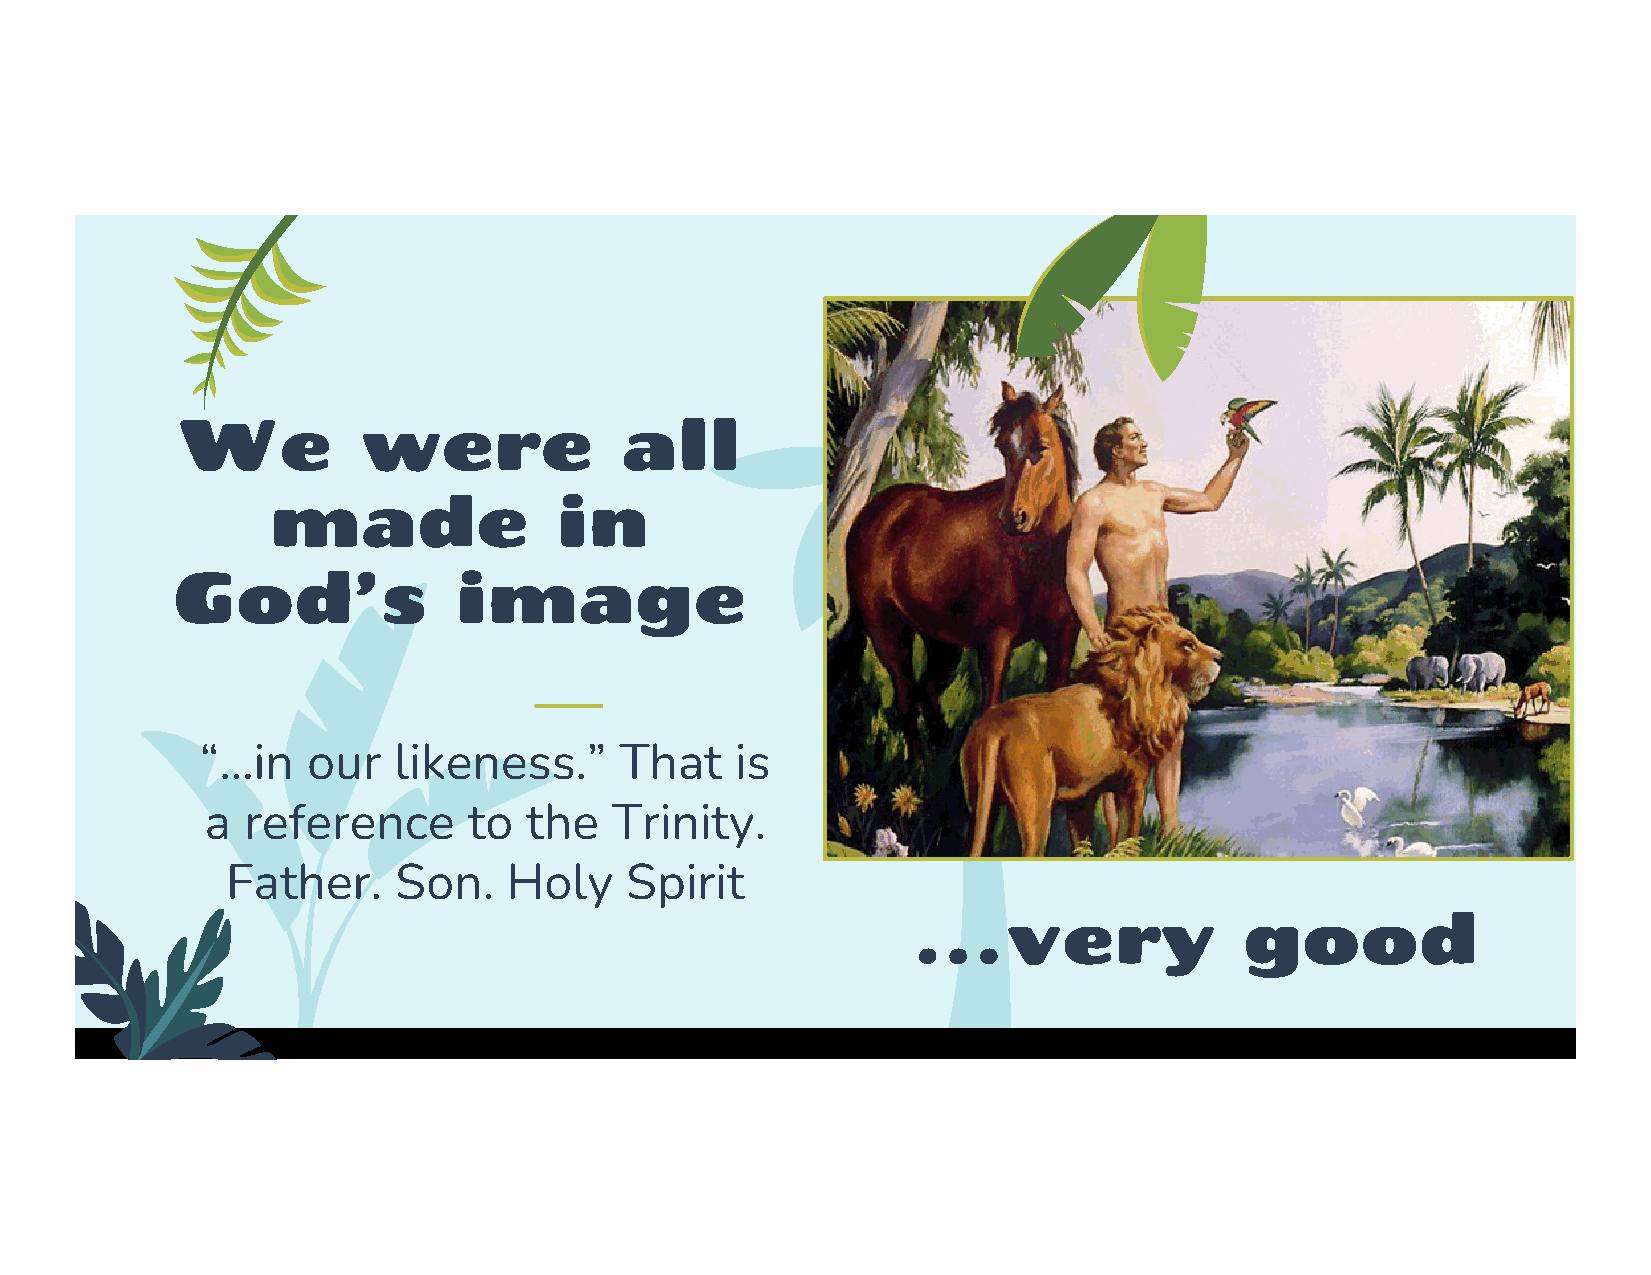
We          were             all
 made               in
 God’s              image
 “…in   our   likeness.”     That    is
 a reference      to  the  Trinity.
 Father.    Son.    Holy   Spirit
 …very                 good